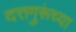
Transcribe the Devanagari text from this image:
दत्तगुरूंच्या